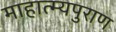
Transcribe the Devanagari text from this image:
माहात्म्यपुराण